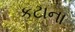
કટાના